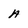
Character: A